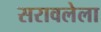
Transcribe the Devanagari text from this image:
सरावलेला